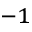
^ { - 1 }